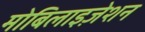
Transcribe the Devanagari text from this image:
मोबिलाइज़ेशन